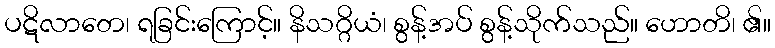
ပဋိလာတေ၊ ရခြင်းကြောင့်။ နိသဂ္ဂိယံ၊ စွန့်အပ် စွန့်သိုက်သည်။ ဟောတိ၊ ၏။